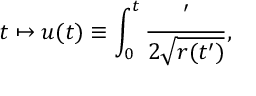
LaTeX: t \mapsto u ( t ) \equiv \int _ { 0 } ^ { t } \frac { \d t ^ { \prime } } { 2 \sqrt { r ( t ^ { \prime } ) } } ,